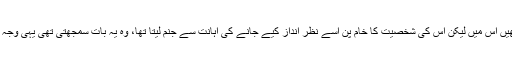
وہ ضدی تھا، سرکش تھا، اپنی کرنے والا تھا، بہت خامیاں تھیں اس میں لیکن اس کی شخصیت کا خام پن اسے نظر انداز کیے جانے کی اہانت سے جنم لیتا تھا، وہ یہ بات سمجھتی تھی یہی وجہ ہے کہ اس گھر میں وہ چھوٹے کے ہونے کا واحد جواز تھی۔